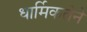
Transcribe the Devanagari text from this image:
धार्मिकतेने